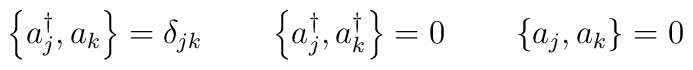
\left\{ a_j^\dagger,a_k\right\}=\delta_{jk} \qquad\left\{ a_j^\dagger,a_k^\dagger\right\}=0 \qquad \left\{a_j,a_k\right\}=0